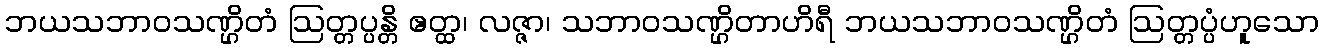
ဘယသဘာဝသဏ္ဌိတံ ဩတ္တပ္ပန္တိ ဧတ္ထ၊ လဇ္ဇာ၊ သဘာဝသဏ္ဌိတာဟိရီ ဘယသဘာဝသဏ္ဌိတံ ဩတ္တပ္ပံဟူသော